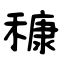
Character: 穅